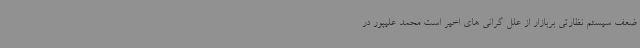
ضعف سیستم نظارتی بربازار از علل گرانی های اخیر است محمد علیپور در